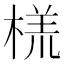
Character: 𬃑